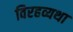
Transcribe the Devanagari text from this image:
विरहव्यथा